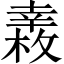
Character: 𢆧